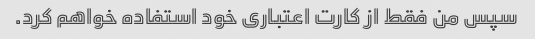
سپس من فقط از کارت اعتباری خود استفاده خواهم کرد.